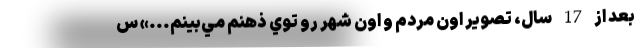
بعد از 17 سال، تصوير اون مردم و اون شهر رو توي ذهنم مي‌بينم...» س